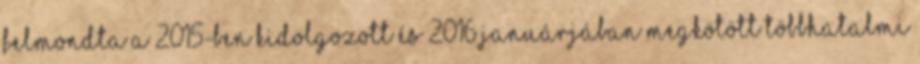
felmondta a 2015-ben kidolgozott és 2016 januárjában megkötött többhatalmi